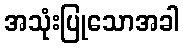
အသုံးပြုသောအခါ